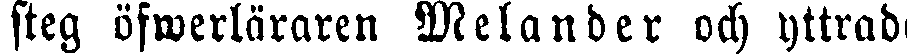
steg öfwerläraren Melander och yttrad